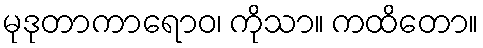
မုဒုတာကာရောဝ၊ ကိုသာ။ ကထိတော။